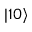
| 1 0 \rangle